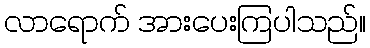
လာရောက် အားပေးကြပါသည်။